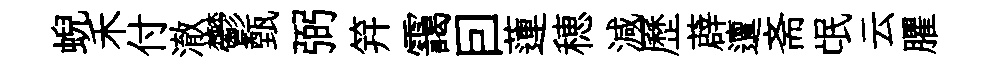
蜺禾付澈鬱甄弼笄靄囙蓮穂減歷薜邅斋氓云臞